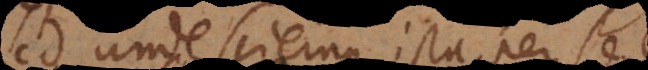
Sed unde sciemus ista per se